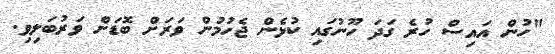
"ހުން އައިސް ހުރެ ގަދަ ހޫނުގައި ކުޅެން ޖެހުމުން ވަރަށް ބޮޑަށް ވަރުބަލިވި.